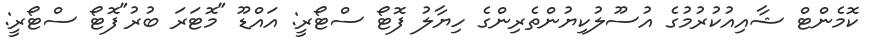
ކޮމެންޓް ޝާއިއުކުރުމުގެ އުސޫލުކިޔުންތެރިންގެ ހިޔާލު ފޮޓޯ ސްޓޯރީ: އައްޑޫ "މޮޓަރަ ބުރު"ފޮޓޯ ސްޓޯރީ: